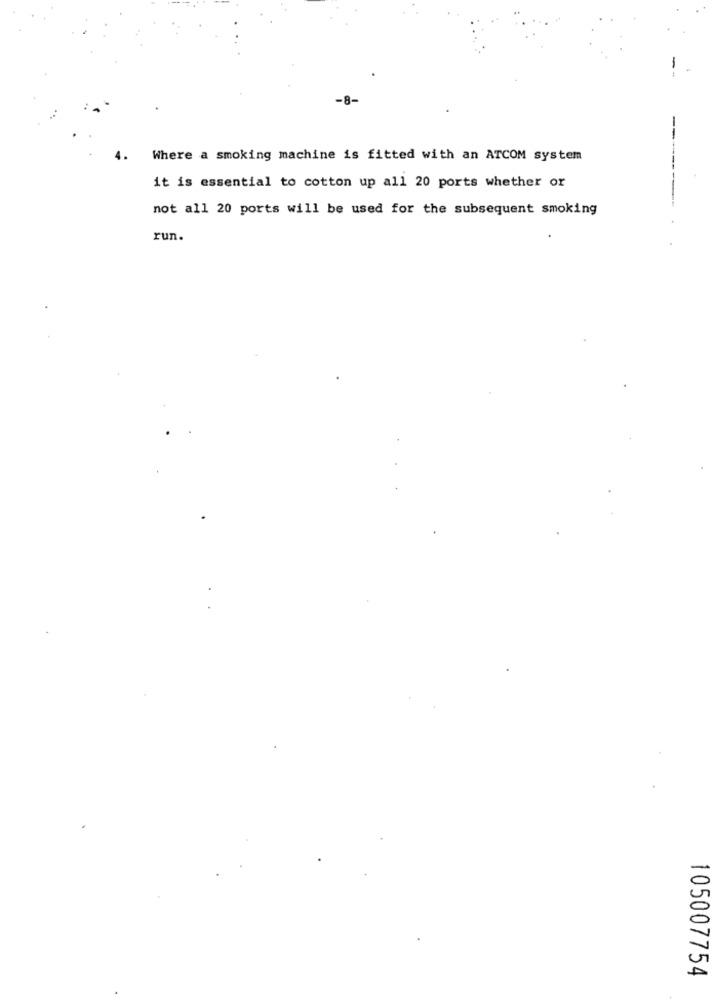
Where a smoking machine is fitted with an ATCOM system
it is essential to cotton up all 20 ports whether or
not all 20 ports will be used for the subsequent smoking
run.
105007754